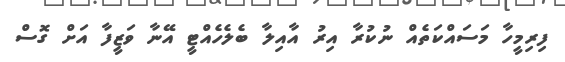
ފިރިމީހާ މަސައްކަތެއް ނުކުރާ އިރު އާއިލާ ބެލެހެއްޓީ އޭނާ ވަޒީފާ އަށް ގޮސް